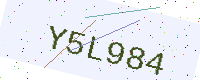
Text: Y5L984